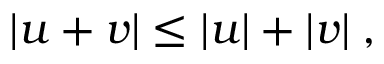
\begin{array} { r } { | u + v | \le | u | + | v | \; , } \end{array}